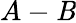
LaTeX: A-\mathit{B}